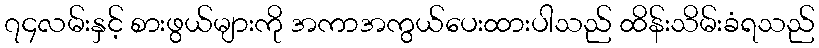
၇၄လမ်းနှင့် စားဖွယ်များကို အကာအကွယ်ပေးထားပါသည် ထိန်းသိမ်းခံရသည်